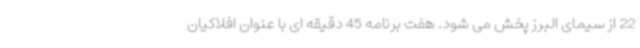
22 از سیمای البرز پخش می شود. هفت برنامه 45 دقیقه ای با عنوان افلاکیان